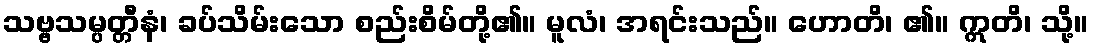
သဗ္ဗသမ္ပတ္တီနံ၊ ခပ်သိမ်းသော စည်းစိမ်တို့၏။ မူလံ၊ အရင်းသည်။ ဟောတိ၊ ၏။ ဣတိ၊ သို့။